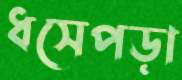
ধসেপড়া